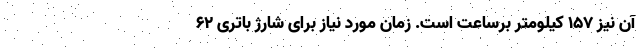
آن نیز 157 کیلومتر برساعت است. زمان مورد نیاز برای شارژ باتری 62